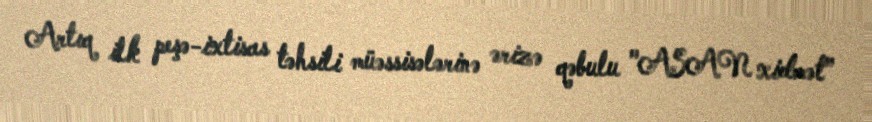
Artıq ilk peşə-ixtisas təhsili müəssisələrinə ərizə qəbulu "ASAN xidmət”